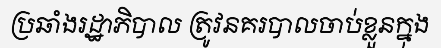
ប្រឆាំងរដ្ឋាភិបាល ត្រូវនគរបាលចាប់ខ្លួនក្នុង